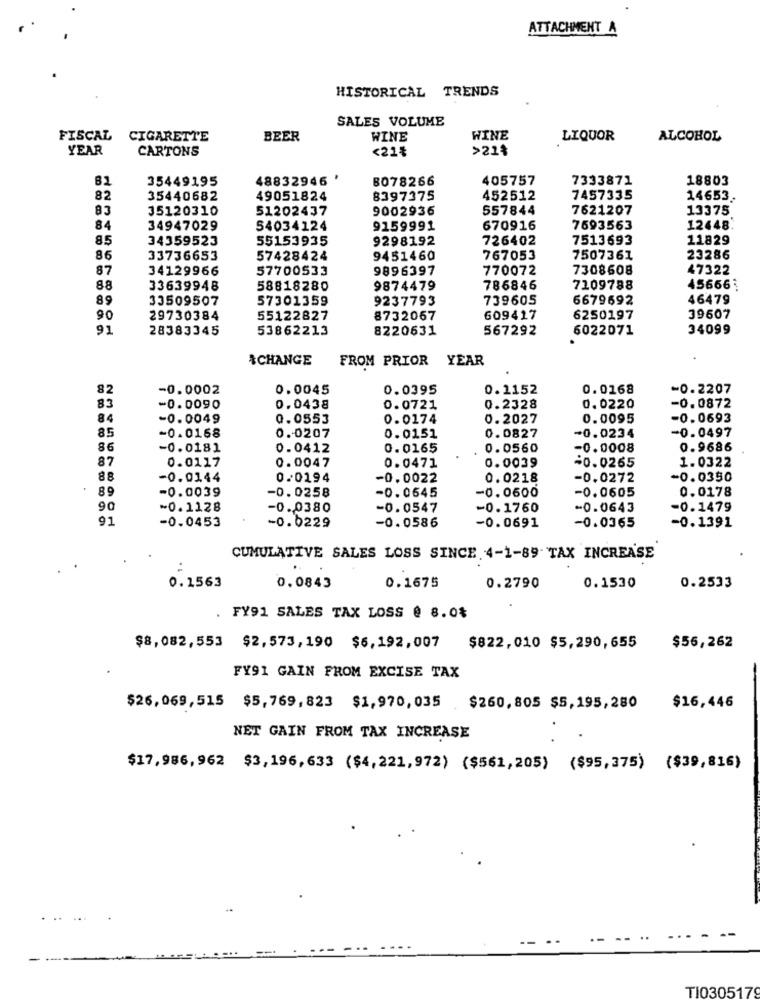
ATTACHMENT A
HISTORICAL TRENDS
SALES VOLUME
FISCAL
CIGARETTE
BEER
WINE
WINE
LIQUOR
ALCOHOL
YEAR
CARTONS
<21₺
>21%
81
35449195
48832946 '
8078266
405757
7333871
18803
82
35440682
49051824
8397375
452512
7457335
14653.
83
35120310
51202437
9002936
557844
7621207
13375
84
34947029
54034124
9159991
670916
7593563
12448.
85
34359523
55153935
9298192
726402
7513693
11829
86
33736653
57428424
9451460
767053
7507361
23286
87
34129966
57700533
9896397
770072
7308608
47322
88
33639948
58818280
9874479
786846
7109788
45666
89
33509507
57301359
9237793
739605
6679692
46479
90
29730384
55122827
8732067
609417
6250197
39607
91
28383345
53862213
8220631
567292
6022071
34099
$CHANGE
FROM PRIOR YEAR
82
-0.0002
0.0045
0.0395
0.1152
0.0168
-0.2207
83
-0.0090
0.0438
0.0721
0.2328
0.0220
-0.0872
84
-0.0049
0.0553
0.0174
0.2027
0.0095
-0.0693
85
-0.0168
0.0207
0.0151
0.0827
-0.0234
-0.0497
86
-0.0181
0.0412
0.0165
0.0560
-0.0008
0.9686
87
0.0117
0.0047
0.0039
-0.0265
1.0322
0.0471
88
-0.0144
0.0194
-0.0022
0.0218
-0.0272
-0.0350
89
-0.0039
-0.0258
-0.0645
-0.0600
-0.0605
0.0178
90
~0.1128
-0.0380
-0.0547
-0.1760
-0.0643
-0.1479
91
-0.0453
-0.0229
-0.0586
-0.0365
-0.1391
-0.0691
CUMULATIVE SALES LOSS SINCE 4-1-89 TAX INCREASE
0.1563
0.1675
0.0843
0.2790
0.1530
0.2533
. FY91 SALES TAX LOSS @ 8.0%
$8,082,553 $2,573, 190 $6, 192, 007 $822, 010 $5,290,655
$56,262
FY91 GAIN FROM EXCISE TAX
$26,069,515 $5,769, 823 $1, 970, 035 $260, 805 $5, 195, 280
$16,446
NET GAIN FROM TAX INCREASE
$17,986,962 $3,196,633 ($4,221,972) ($561,205) ($95,375) ($39,816)
......
TI0305179